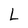
Character: L